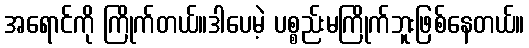
အရောင်ကို ကြိုက်တယ်။ဒါပေမဲ့ ပစ္စည်းမကြိုက်ဘူးဖြစ်နေတယ်။